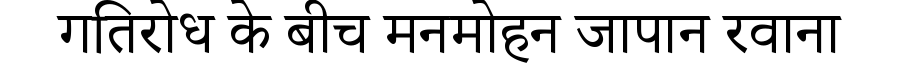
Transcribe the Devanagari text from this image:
गतिरोध के बीच मनमोहन जापान रवाना